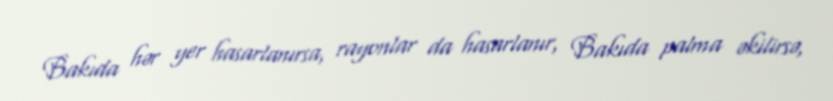
Bakıda hər yer hasarlanırsa, rayonlar da hasarlanır, Bakıda palma əkilirsə,